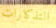
التذكارات